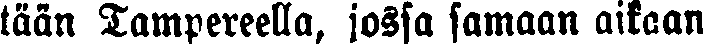
tään Tampereella, jossa samaan aikaan